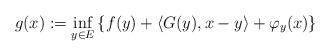
LaTeX: \begin{align*}g(x):=\inf_{y\in E}\left\{f(y)+\langle G(y), x-y\rangle+\varphi_{y}(x)\right\}\end{align*}